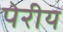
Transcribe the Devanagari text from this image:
पेरीय